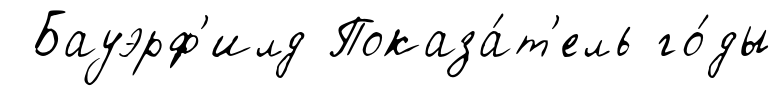
Бауэрф'илд Показа́т'ель го́ды